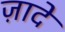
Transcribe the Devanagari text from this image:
ज़ादे